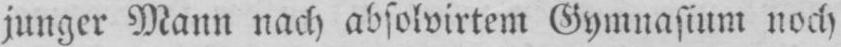
junger Mann nach absolvirtem Gymnasium noch